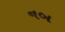
નબ